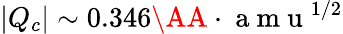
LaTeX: |Q_{c}|\sim 0.346\AA\cdot\mathrm{~a~m~u~}^{1/2}